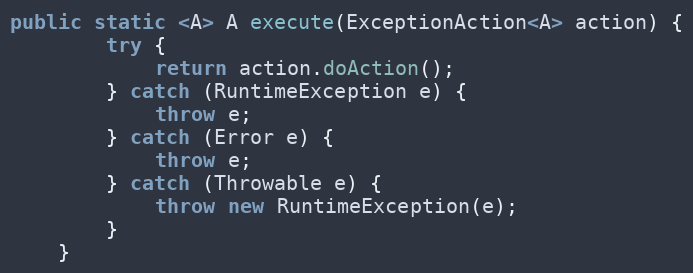
Language: Java
public static <A> A execute(ExceptionAction<A> action) {
        try {
            return action.doAction();
        } catch (RuntimeException e) {
            throw e;
        } catch (Error e) {
            throw e;
        } catch (Throwable e) {
            throw new RuntimeException(e);
        }
    }